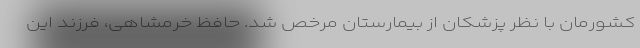
کشورمان با نظر پزشکان از بیمارستان مرخص شد. حافظ خرمشاهی، فرزند این